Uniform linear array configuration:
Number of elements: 4
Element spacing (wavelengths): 1
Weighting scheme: binomial
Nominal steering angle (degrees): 45
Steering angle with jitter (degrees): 45.461
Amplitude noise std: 0.05
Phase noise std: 0.05

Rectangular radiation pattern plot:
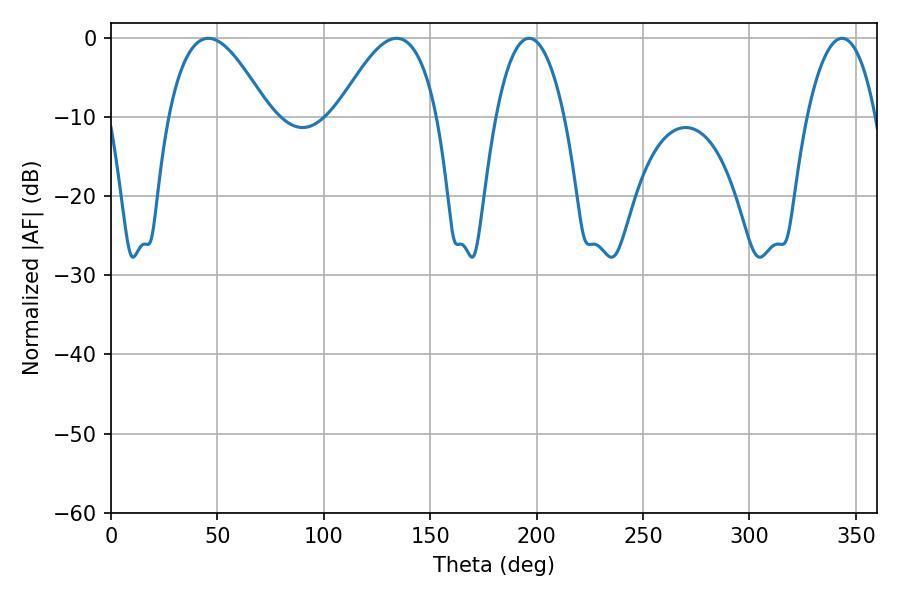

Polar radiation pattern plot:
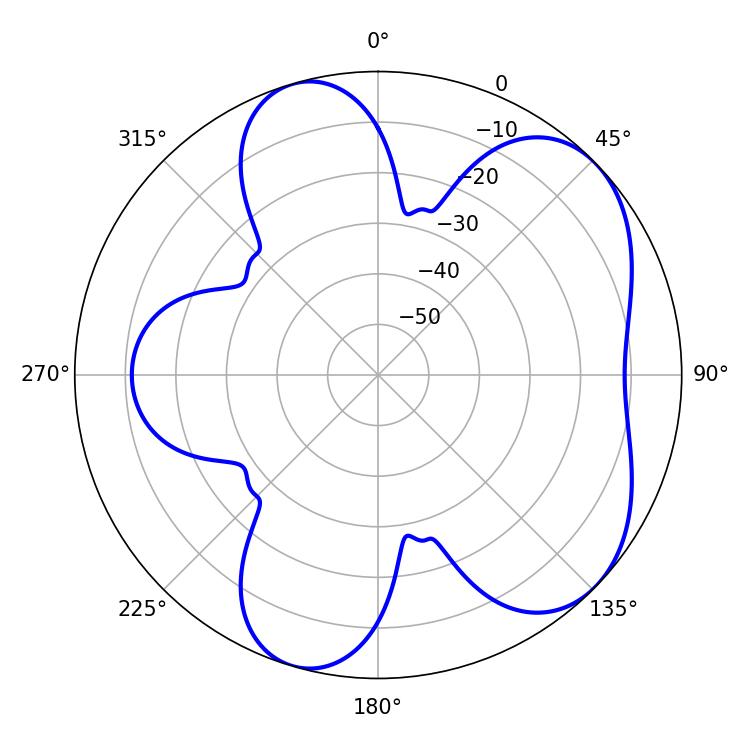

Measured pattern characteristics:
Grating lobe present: TRUE
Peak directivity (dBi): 5.836
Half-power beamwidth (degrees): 25.56
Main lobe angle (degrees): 45.72